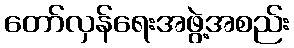
တော်လှန်ရေးအဖွဲ့အစည်း